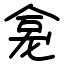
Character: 龛